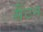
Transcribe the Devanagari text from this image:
सैंटन